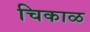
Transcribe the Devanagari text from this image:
चिकाळ